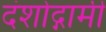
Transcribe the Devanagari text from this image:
दंशोद्गामी